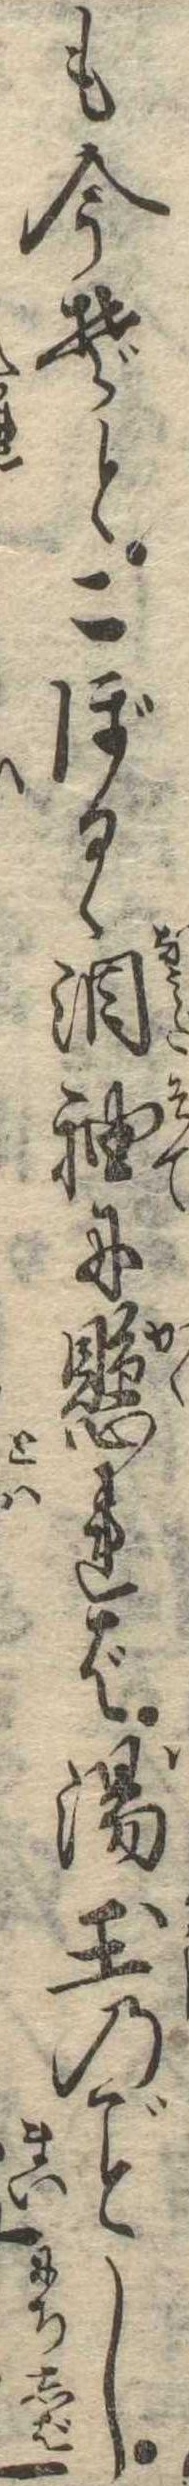
も今ぞとこぼるゝ涙袖に懸れば湯玉のし